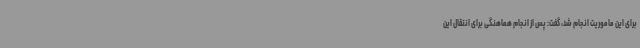
برای این ماموریت انجام شد، گفت: پس از انجام هماهنگی برای انتقال این